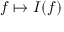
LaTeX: f \mapsto I ( f )